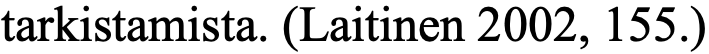
tarkistamista. (Laitinen 2002, 155.)